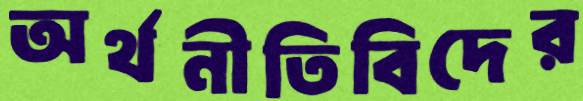
অর্থনীতিবিদের